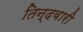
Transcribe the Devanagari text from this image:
तिन्‍दवारी